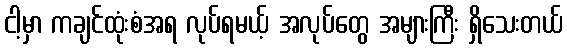
ငါ့မှာ ကချင်ထုံးစံအရ လုပ်ရမယ့် အလုပ်တွေ အများကြီး ရှိသေးတယ်